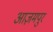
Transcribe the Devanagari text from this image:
आज़मपुर